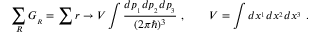
\sum _ { R } G _ { _ R } = \sum r \rightarrow { \cal V } \int { \frac { d p _ { _ 1 } d p _ { _ 2 } d p _ { _ 3 } } { ( 2 \pi \hbar ) ^ { 3 } } } \ , \qquad { \cal V } = \int d x ^ { _ 1 } d x ^ { _ 2 } d x ^ { _ 3 } \ .